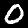
Label: 0